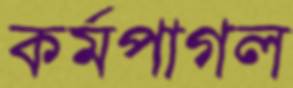
কর্মপাগল